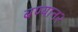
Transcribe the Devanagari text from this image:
बण्यान२